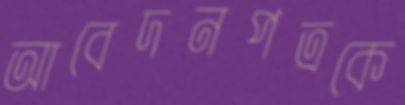
আবেদনপত্রকে